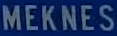
MEKNES